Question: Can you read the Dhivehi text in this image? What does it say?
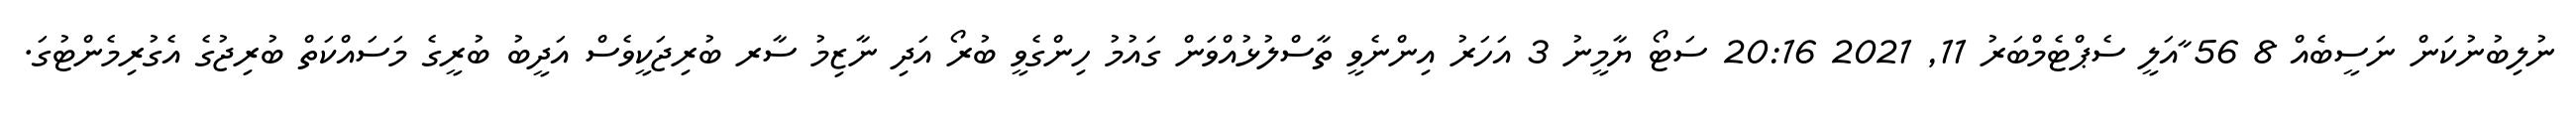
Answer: ނުލިބުނުކަން ނަސީބެއް 8 56 ާއަލީ ސެޕްޓެމްބަރު 11, 2021 20:16 ސަޓޯ ޔާމީނު 3 އަހަރު އިންނެވީ ތާސްލުޅުއްވަން ގައުމު ހިންގެވީ ބުރޯ އަދި ނާޒިމު ސާރ ބުރިޖަކީވެސް އަދީބު ބުރީގެ މަސައްކަތް ބުރިޖުގެ އެގުރިމެންޓުގަ.